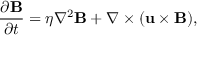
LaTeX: { \frac { \partial \mathbf { B } } { \partial t } } = \eta \nabla ^ { 2 } \mathbf { B } + \nabla \times ( \mathbf { u } \times \mathbf { B } ) ,